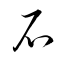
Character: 石